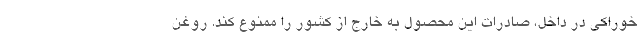
خوراکی در داخل، صادرات این محصول به خارج از کشور را ممنوع کند. روغن